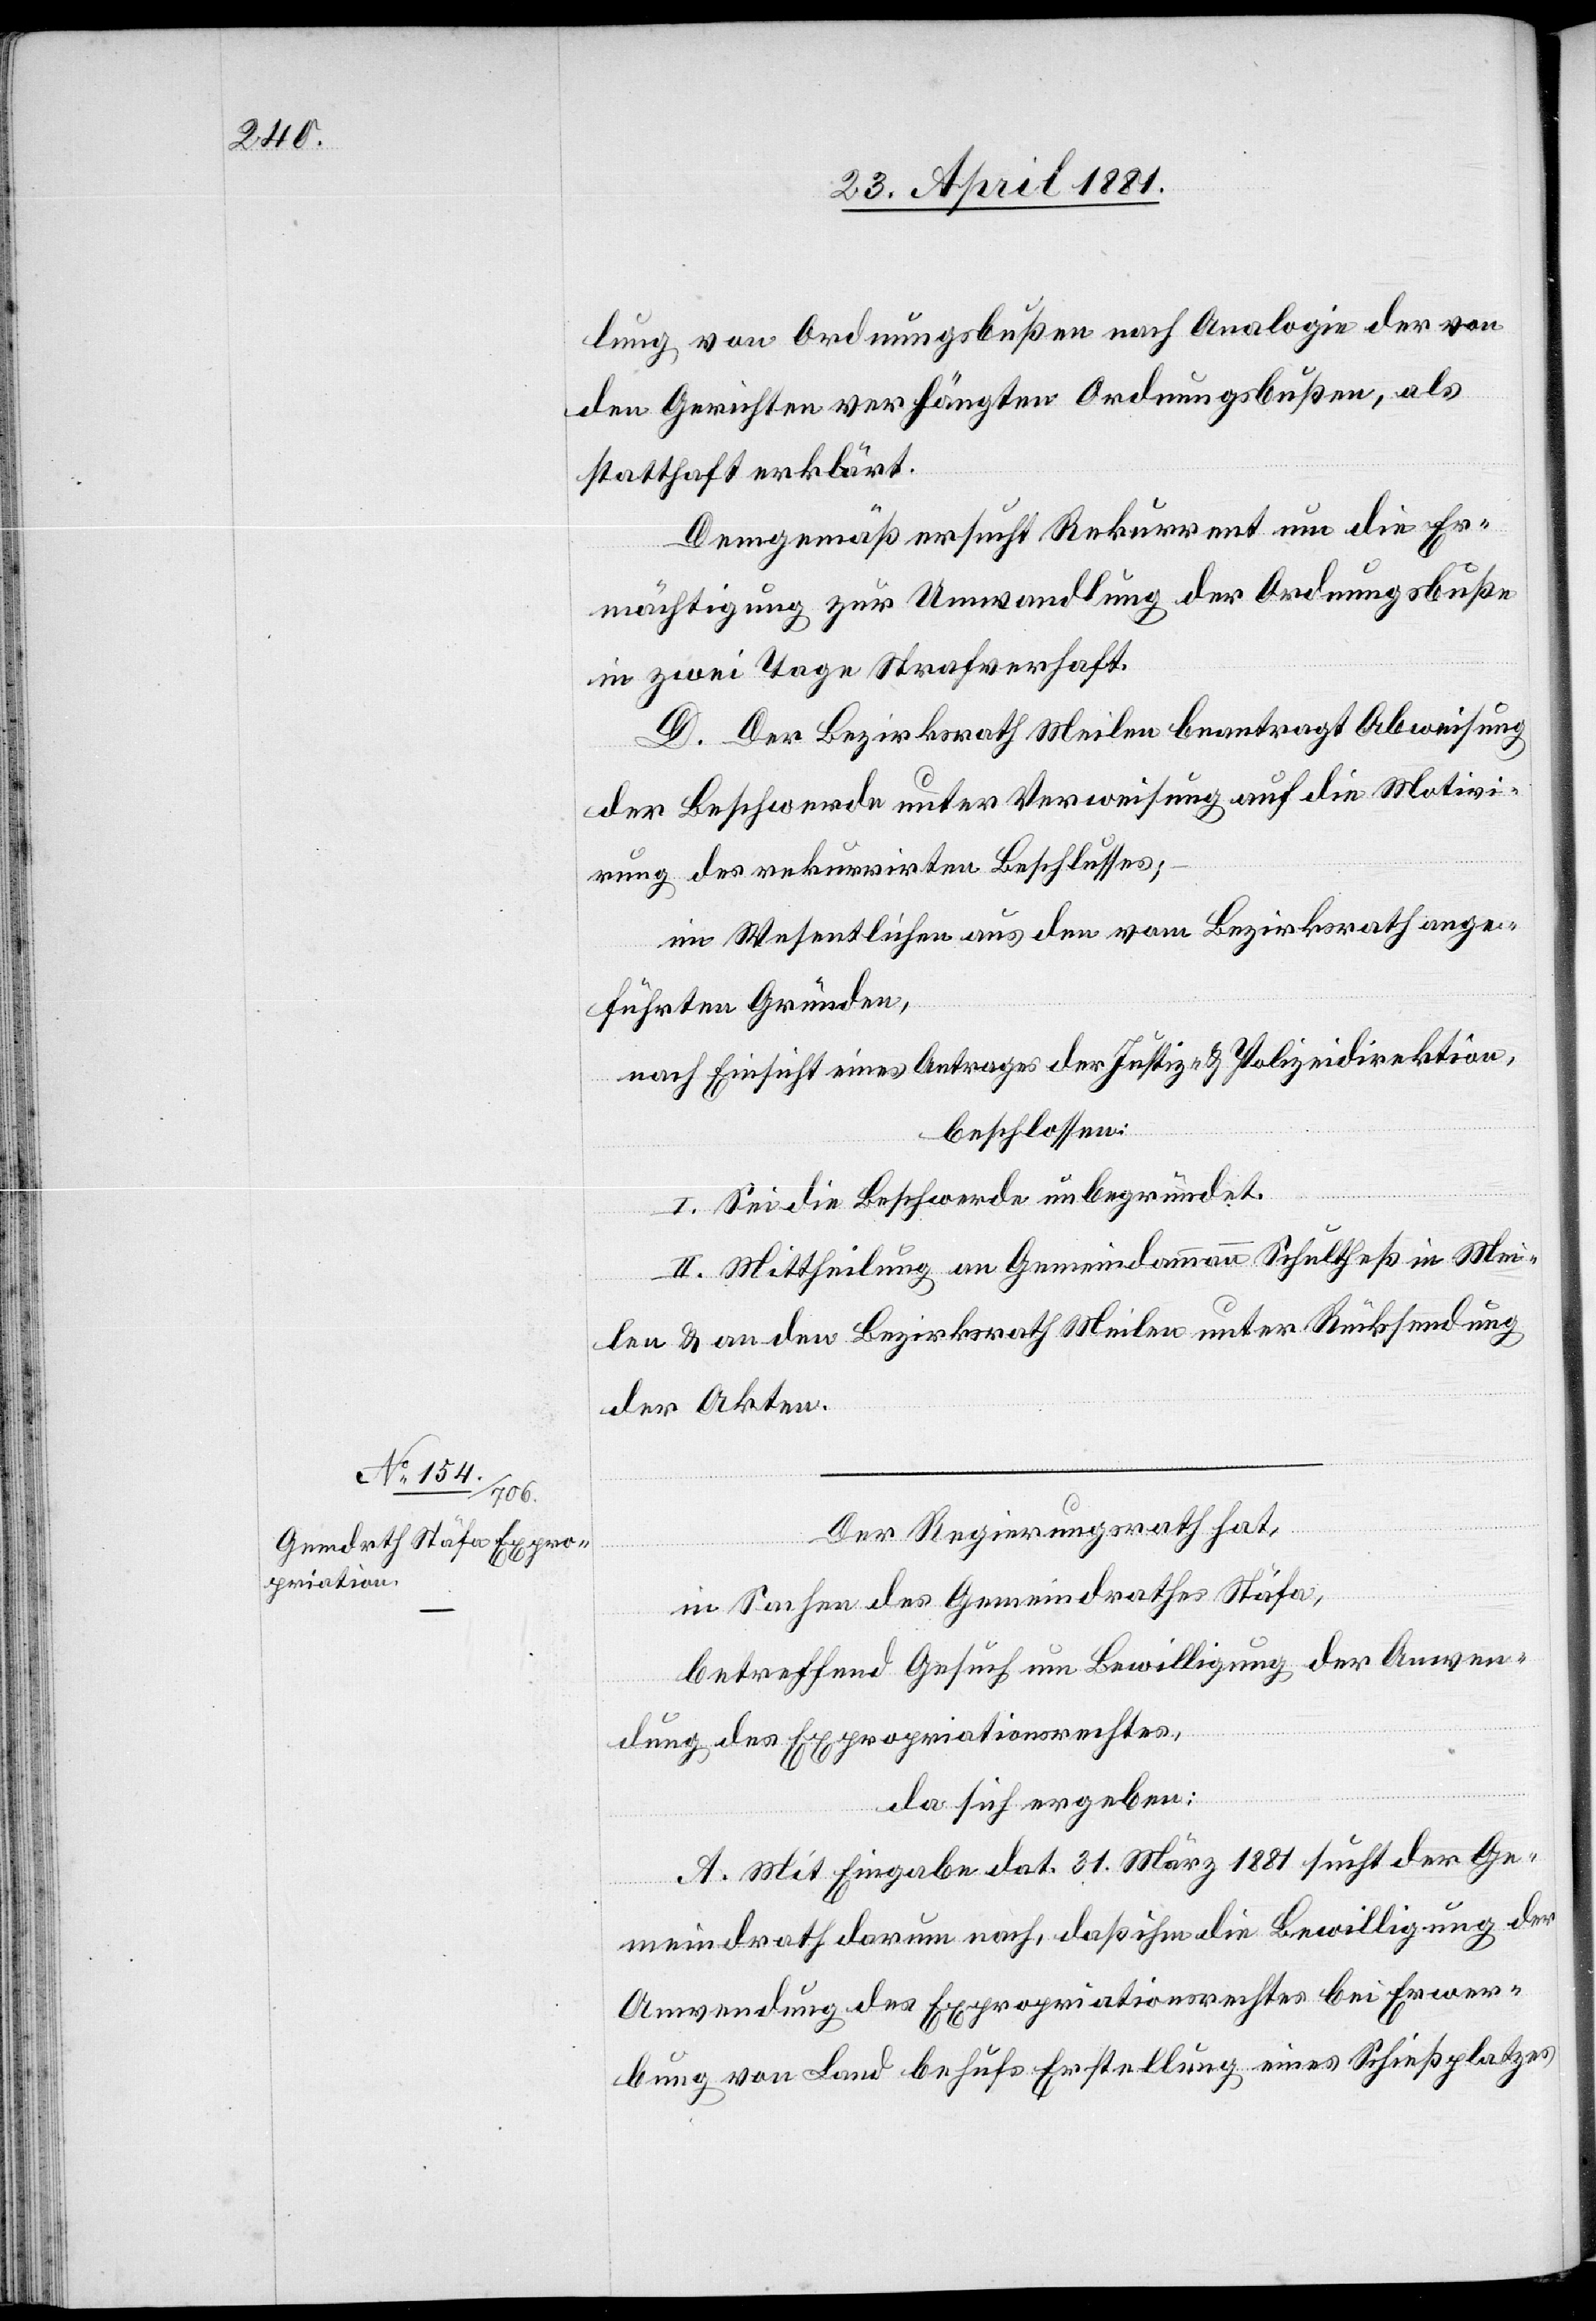
lung von Ordnungsbußen nach Analogie der von
den Gerichten verhängten Ordnungsbußen, als
statthaft erklärt.
Demgemäß ersucht Rekurrent um die Er¬
mächtigung zur Umwandlung der Ordnungsbuße
in zwei Tage Strafverhaft.
D. Der Bezirksrath Meilen beantragt Abweisung
der Beschwerde unter Verweisung auf die Motivi¬
rung des rekurrirten Beschlusses;
im Wesentlichen aus den vom Bezirksrath ange¬
führten Gründen,
nach Einsicht eines Antrages der Justiz- & Polizeidirektion,
beschlossen:
I. Sei die Beschwerde unbegründet.
II. Mittheilung an Gemeindammann Schultheß in Mei¬
len & an den Bezirksrath Meilen unter Rücksendung
der Akten.
Der Regierungsrath hat,
in Sachen des Gemeindrathes Stäfa,
betreffend Gesuch um Bewilligung der Anwen¬
dung des Expropriationsrechtes,
da sich ergeben:
A. Mit Eingabe dat. 31. März 1881 sucht der Ge¬
meindrath darum nach, daß ihm die Bewilligung der
Anwendung des Expropriationsrechtes bei Erwer¬
bung von Land behufs Erstellung eines Schießplatzes